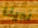
لدينا